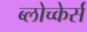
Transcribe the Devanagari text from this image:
ब्लोच्केर्स